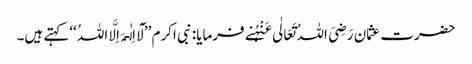
حضرت عثمان رَضِیَ اللہُ تَعَالٰی عَنْہُنے فرمایا: نبی اکرم ’’لَآ اِلٰـہَ اِلَّا اللہُ ‘‘کہتے ہیں۔